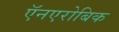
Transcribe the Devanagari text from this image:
ऍनएरोबिक